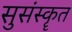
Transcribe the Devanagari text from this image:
सुसंस्कॄत